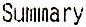
SUMMARY